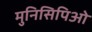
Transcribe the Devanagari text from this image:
मुनिसिपिओ